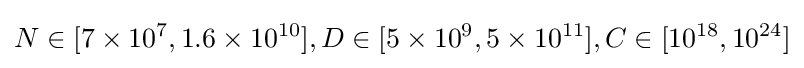
N\in [7\times 10^{7},1.6\times 10^{10}],D\in [5\times 10^{9},5\times 10^{11}],C\in [10^{18},10^{24}]